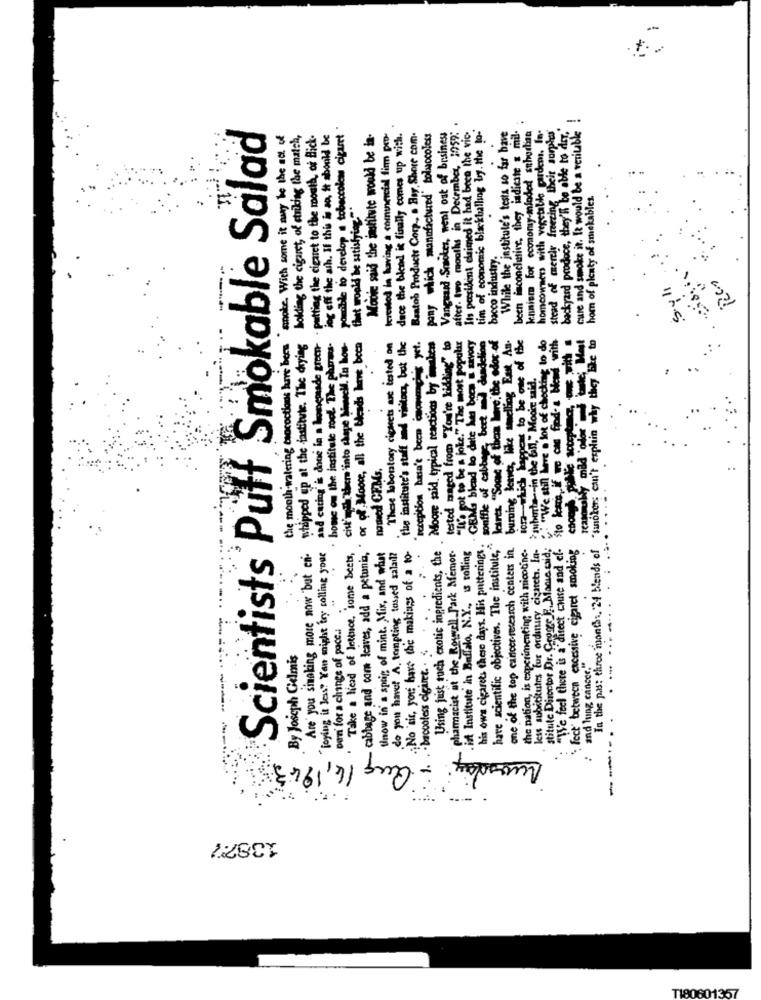
cure and smoke it. It would be a veritable !
Scientists Puff Smokable Salad
possible to develop a tobaccolow cipant .
Vanguard Scooter, went out of business
after. two months in December, 1959:
Its pesident claimed it had been the vic-
tim of economic blackballing by. the to-'
While the institule's testa so far bave
been inconclusive, they indicate & mil-
kennism for economy-minded schodian
homeowners with vegetable garden. In.
stead of merely freezing their surplus
backyard produce, they'l be able to det."
smoke. With some it may be the act of
whipped up at the fastilvie. The drying holding the cigaret, of striking the match,
- putting the cigaret to the mouth, of Blick-
ing off the ash. If this is so, it abould be
Mooie said the institute would be in-
terested in having a commercial firm pro-
dace the blend it finally comes up with.
Baatob Products Corp ., . Bay Shore com.
pony which manufactured' tolusocoless
horn of plenty of smokables.
that would be satisfying"
bacco industry.
and caring is done in a homemade green
. home on the institute root. The phares.
cit'in there into shope bimel. In hos-
These laboratory cigarets are tested on
" Exception hasn't been commence's yet.
Moore said, typical reactions by machen
"It's got to be a joke." The most popular
GEM blead to date has been a favory
souffle of cabbage beet med dandelion
burning lesve, like mmelliog East An-
iora-which happens to be one of the
"We still have a lot of checking to do
"We feel there is a' direct cause and ef- sto learn if we can food- a bend with
In the past three months, 24 blends of "sanokers can't explain why they bike to
the mouth watering chococtions huve been
or of Moore, all the bleads lumve been
the institute's staff and visitors, but the
tested maged from "You're kidding" to
leares. "Some of thous have, the
the Gil, " Moore said.
reasonably mold obor
auberta -- in the &h
mowed CFMs.
.No sir, you have the making of a to-
Using just ruch exotic ingredients, the
his own cigarets these days. His potterings .
have scientific objectives. The institute,"
one of the top cancer research centers in.
the nation, is experimenting with nicotine-
lest substitutes fur ordinary cigarety. la-
stitute Director Dr. Croge F. Mania caid;
. fect" between excessive cigaret smoking
Are you simaking more now but en-
"Toying is las" Xan might try calling your
. Take a head of lettuce, some beets,
un cabbage and com leaves, add a petunia,
tlnow in'a sprig of mint. Mix, and what
do you have A. tempting tossed salad?
pharmacist at the Rowwell Park Memor-
ist Institute in Buffalo, N.Y ., is calling
..
per'n' for a change of pace .:
- baccoless cigaret. . .
By Joseph Gelmis
- .
and lung cancer."
...
2761'71
13877
TI80601357